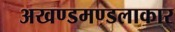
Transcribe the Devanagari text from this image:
अखण्डमण्डलाकार